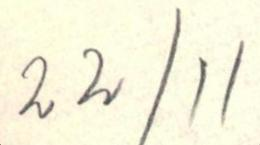
22/11